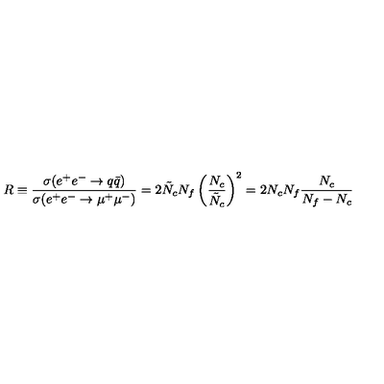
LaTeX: R \equiv \frac { \sigma ( e ^ { + } e ^ { - } \rightarrow q \bar { q } ) } { \sigma ( e ^ { + } e ^ { - } \rightarrow \mu ^ { + } \mu ^ { - } ) } = 2 \tilde { N } _ { c } N _ { f } \left( \frac { N _ { c } } { \tilde { N } _ { c } } \right) ^ { 2 } = 2 N _ { c } N _ { f } \frac { N _ { c } } { N _ { f } - N _ { c } }